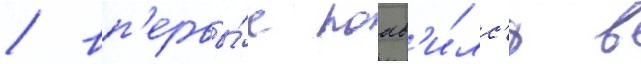
/ вп'ервы́е поав'и́лс'я в